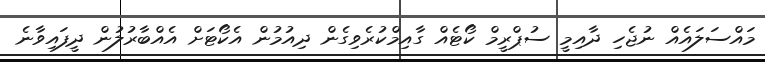
މައްސަލައެއް ނުޖެހި ދާއިމީ ސުޕްރީމް ކޯޓެއް ގާއިމްކުރެވިގެން ދިއުމުން އެކޯޓަށް އެއްބާރުލުން ދީފައިވާނެ